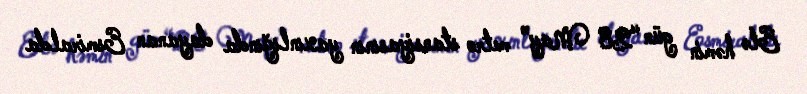
Elə həmin gün “28 May” metro stansiyasının yaxınlığında dayanan Esmiralda